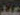
عبد